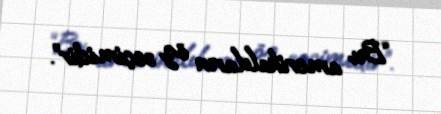
“Bu amerikalıların öz seçimidir”.